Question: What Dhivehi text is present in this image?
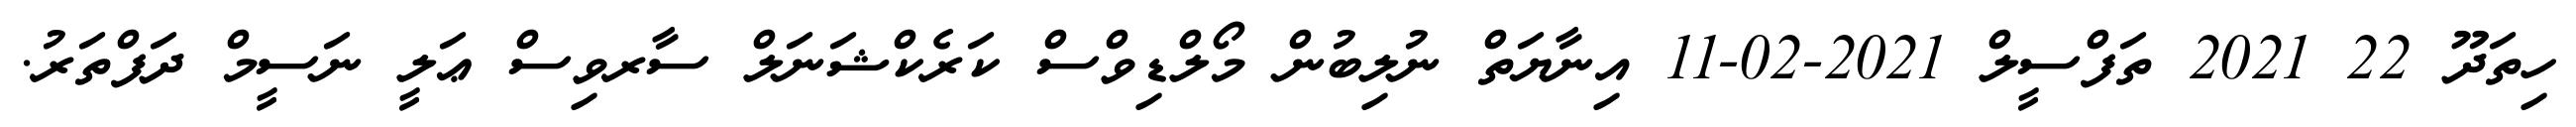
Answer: ހިތަދޫ 22 2021 ތަފްސީލް 2021-02-11 އިނާޔަތް ނުލިބުން މޯލްޑިވްސް ކަރެކްޝަނަލް ސާރވިސް ޢަލީ ނަސީމް ދަފްތަރު.